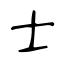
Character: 士